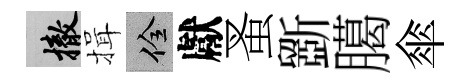
撤揖佺獻蚤斵臈傘